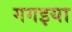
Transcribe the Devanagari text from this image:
गगइया